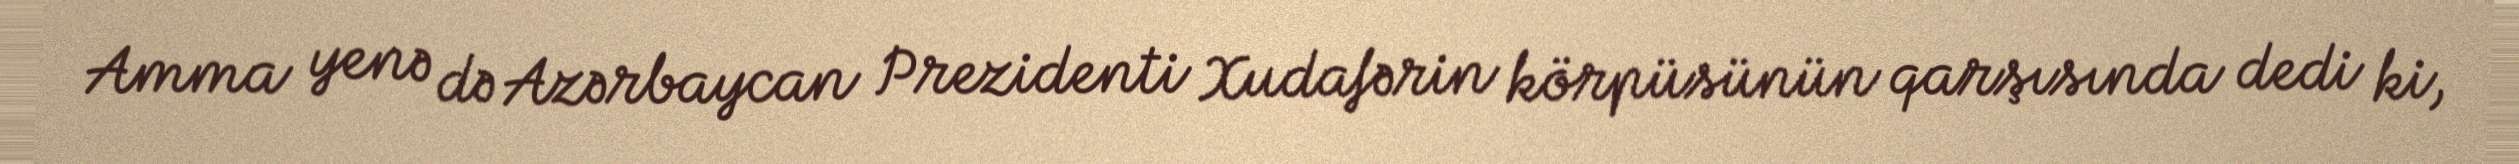
Amma yenə də Azərbaycan Prezidenti Xudafərin körpüsünün qarşısında dedi ki,